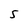
Character: 5